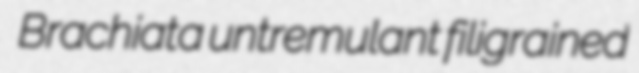
Brachiata untremulant filigrained